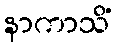
နာကာသိံ